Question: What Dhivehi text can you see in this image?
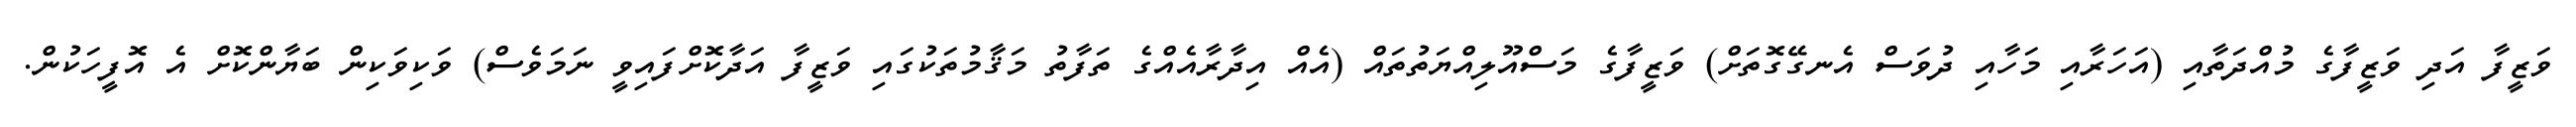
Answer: ވަޒީފާ އަދި ވަޒީފާގެ މުއްދަތާއި (އަހަރާއި މަހާއި ދުވަސް އެނގޭގޮތަށް) ވަޒީފާގެ މަސްއޫލިއްޔަތުތައް (އެއް އިދާރާއެއްގެ ތަފާތު މަޤާމުތަކުގައި ވަޒީފާ އަދާކޮށްފައިވީ ނަމަވެސް) ވަކިވަކިން ބަޔާންކޮށް އެ އޮފީހަކުން.